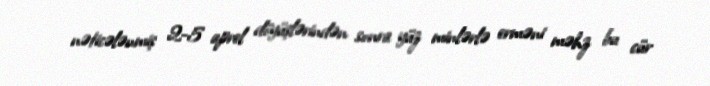
nəticələnmiş 2-5 aprel döyüşlərindən sonra yüz minlərlə erməni məhz bu cür